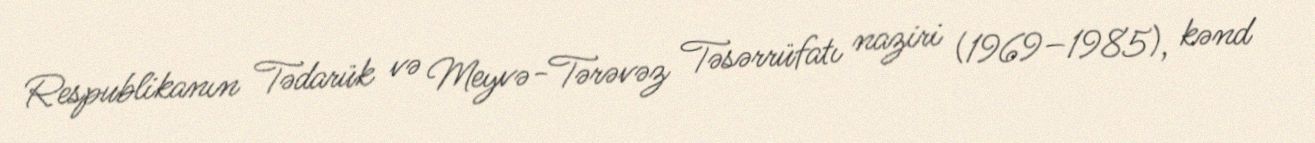
Respublikanın Tədarük və Meyvə-Tərəvəz Təsərrüfatı naziri (1969–1985), kənd